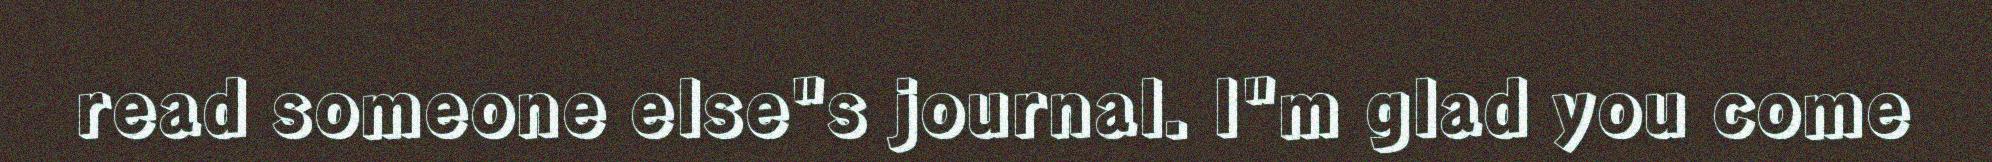
read someone else"s journal. I"m glad you come